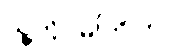
သူ့ကို မကြိုက်။